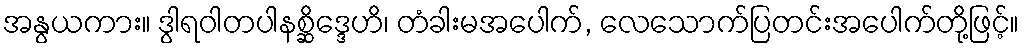
အနွယကား။ ဒွါရဝါတပါနစ္ဆိဒ္ဒေဟိ၊ တံခါးမအပေါက်, လေသောက်ပြတင်းအပေါက်တို့ဖြင့်။